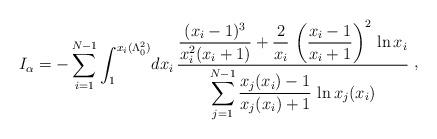
LaTeX: \begin{align*}I_{\alpha} = -\sum_{i=1}^{N-1}\int_{1}^{x_{i}(\Lambda_{0}^{2})}\! dx_{i}\, {\displaystyle {(x_{i}-1)^{3}\over x_{i}^{2}(x_{i}+1)} +{2\over x_{i}}\, \left({x_{i}-1\over x_{i}+1}\right)^{2}\, \ln x_{i}\over\displaystyle\sum_{j=1}^{N-1} {x_{j}(x_{i})-1\over x_{j}(x_{i}) + 1} \, \ln x_{j}(x_{i})}\ \raise 2pt\hbox{,}\end{align*}